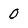
Character: O